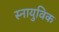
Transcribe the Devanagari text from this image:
स्नायुविक